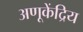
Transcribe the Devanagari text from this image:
अणूकेंद्रिय